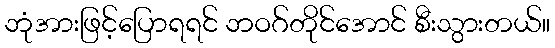
ဘုံအားဖြင့်ပြောရရင် ဘဝဂ်တိုင်အောင် စီးသွားတယ်။